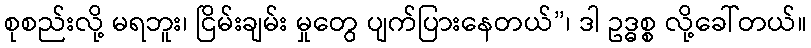
စုစည်းလို့ မရဘူး၊ ငြိမ်းချမ်း မှုတွေ ပျက်ပြားနေတယ်”၊ ဒါ ဥဒ္ဓစ္စ လို့ခေါ်တယ်။